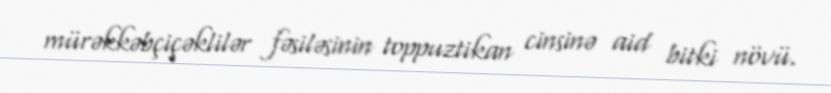
mürəkkəbçiçəklilər fəsiləsinin toppuztikan cinsinə aid bitki növü.